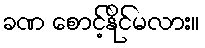
ခဏ စောင့်နိုင်မလား။